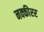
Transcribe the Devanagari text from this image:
नक्कीरर